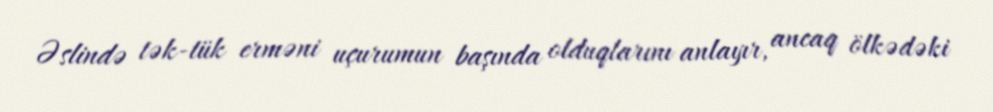
Əslində tək-tük erməni uçurumun başında olduqlarını anlayır, ancaq ölkədəki